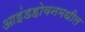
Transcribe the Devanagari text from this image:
आइंडहोवनमधील